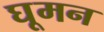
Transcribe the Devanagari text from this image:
घूमन